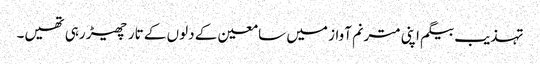
تہذیب بیگم اپنی مترنم آواز میں سامعین کے دلوں کے تار چھیڑ رہی تھیں۔